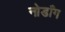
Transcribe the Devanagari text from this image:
नोडाँग